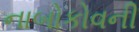
નાબોકોવની